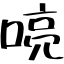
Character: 喨